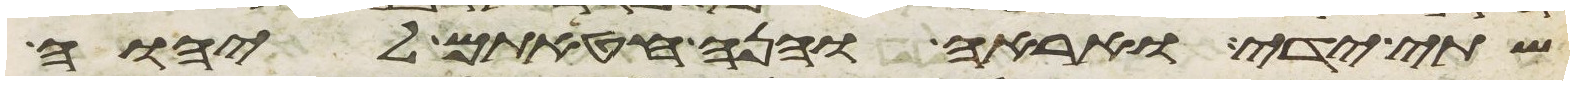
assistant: שתי ידי ואראה והנה חטאתם ליהוה